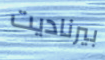
بيرناديت